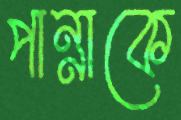
পান্নাকে